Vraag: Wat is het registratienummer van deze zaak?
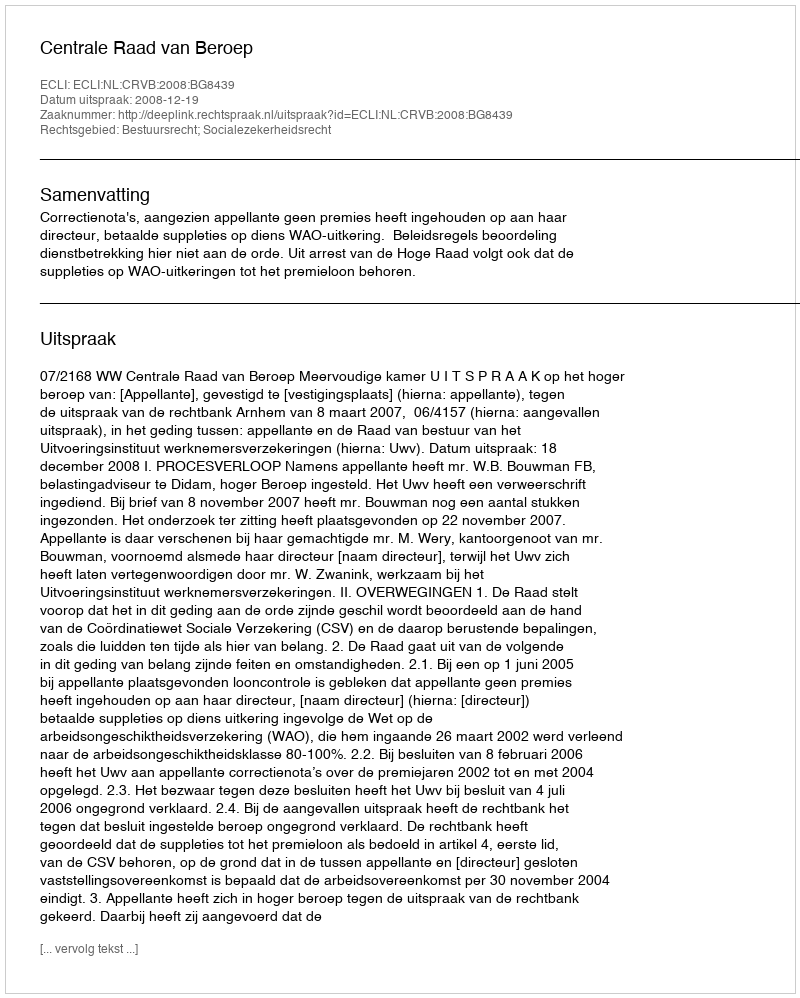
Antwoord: http://deeplink.rechtspraak.nl/uitspraak?id=ECLI:NL:CRVB:2008:BG8439